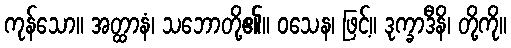
ကုန်သော။ အတ္ထာနံ၊ သဘောတို့၏။ ဝသေန၊ ဖြင့်။ ဒုက္ခာဒီနိ၊ တို့ကို။